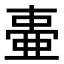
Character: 𬻫